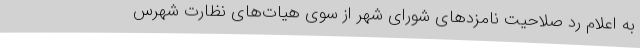
به اعلام رد صلاحیت نامزد‌های شورای شهر از سوی هیات‌های نظارت شهرس